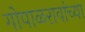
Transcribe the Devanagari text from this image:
गोपाळरावांच्या